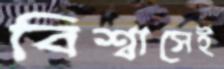
বিশ্বাসেই